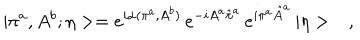
LaTeX: | \pi ^ { a } , A ^ { b } ; \eta > = e ^ { i \alpha ( \pi ^ { a } , A ^ { b } ) } \, e ^ { - i A ^ { a } \hat { \pi } ^ { a } } \, e ^ { i \pi ^ { a } \hat { A } ^ { a } } \, | \eta > \ \ \ ,